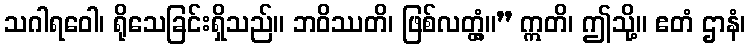
သဂါရဝေါ၊ ရိုသေခြင်းရှိသည်။ ဘဝိဿတိ၊ ဖြစ်လတ္တံ့။” ဣတိ၊ ဤသို့။ ဧတံ ဌာနံ၊